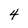
Character: 4